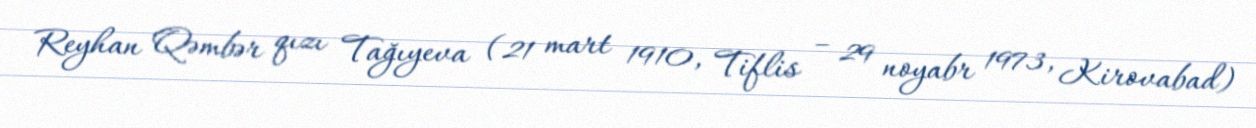
Reyhan Qəmbər qızı Tağıyeva (21 mart 1910, Tiflis – 29 noyabr 1973, Kirovabad)